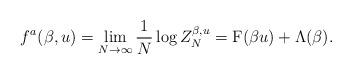
LaTeX: \begin{align*} f^a(\beta,u) = \lim_{N\to \infty}\frac{1}{N}\log Z_N^{\beta, u} = \mathrm{F}(\beta u) +\Lambda(\beta).\end{align*}